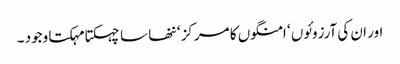
اور ان کی آرزوئوں ‘ امنگوں کا مرکز ‘ ننھا سا چہکتا مہکتا وجود ۔